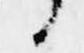
候